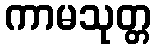
ကာမသုတ္တ